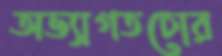
অভ্যাগতচোর